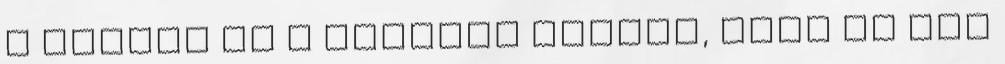
a viaszt és a kétféle olajat, amíg el nem